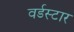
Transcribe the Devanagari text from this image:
वर्डस्‍टार